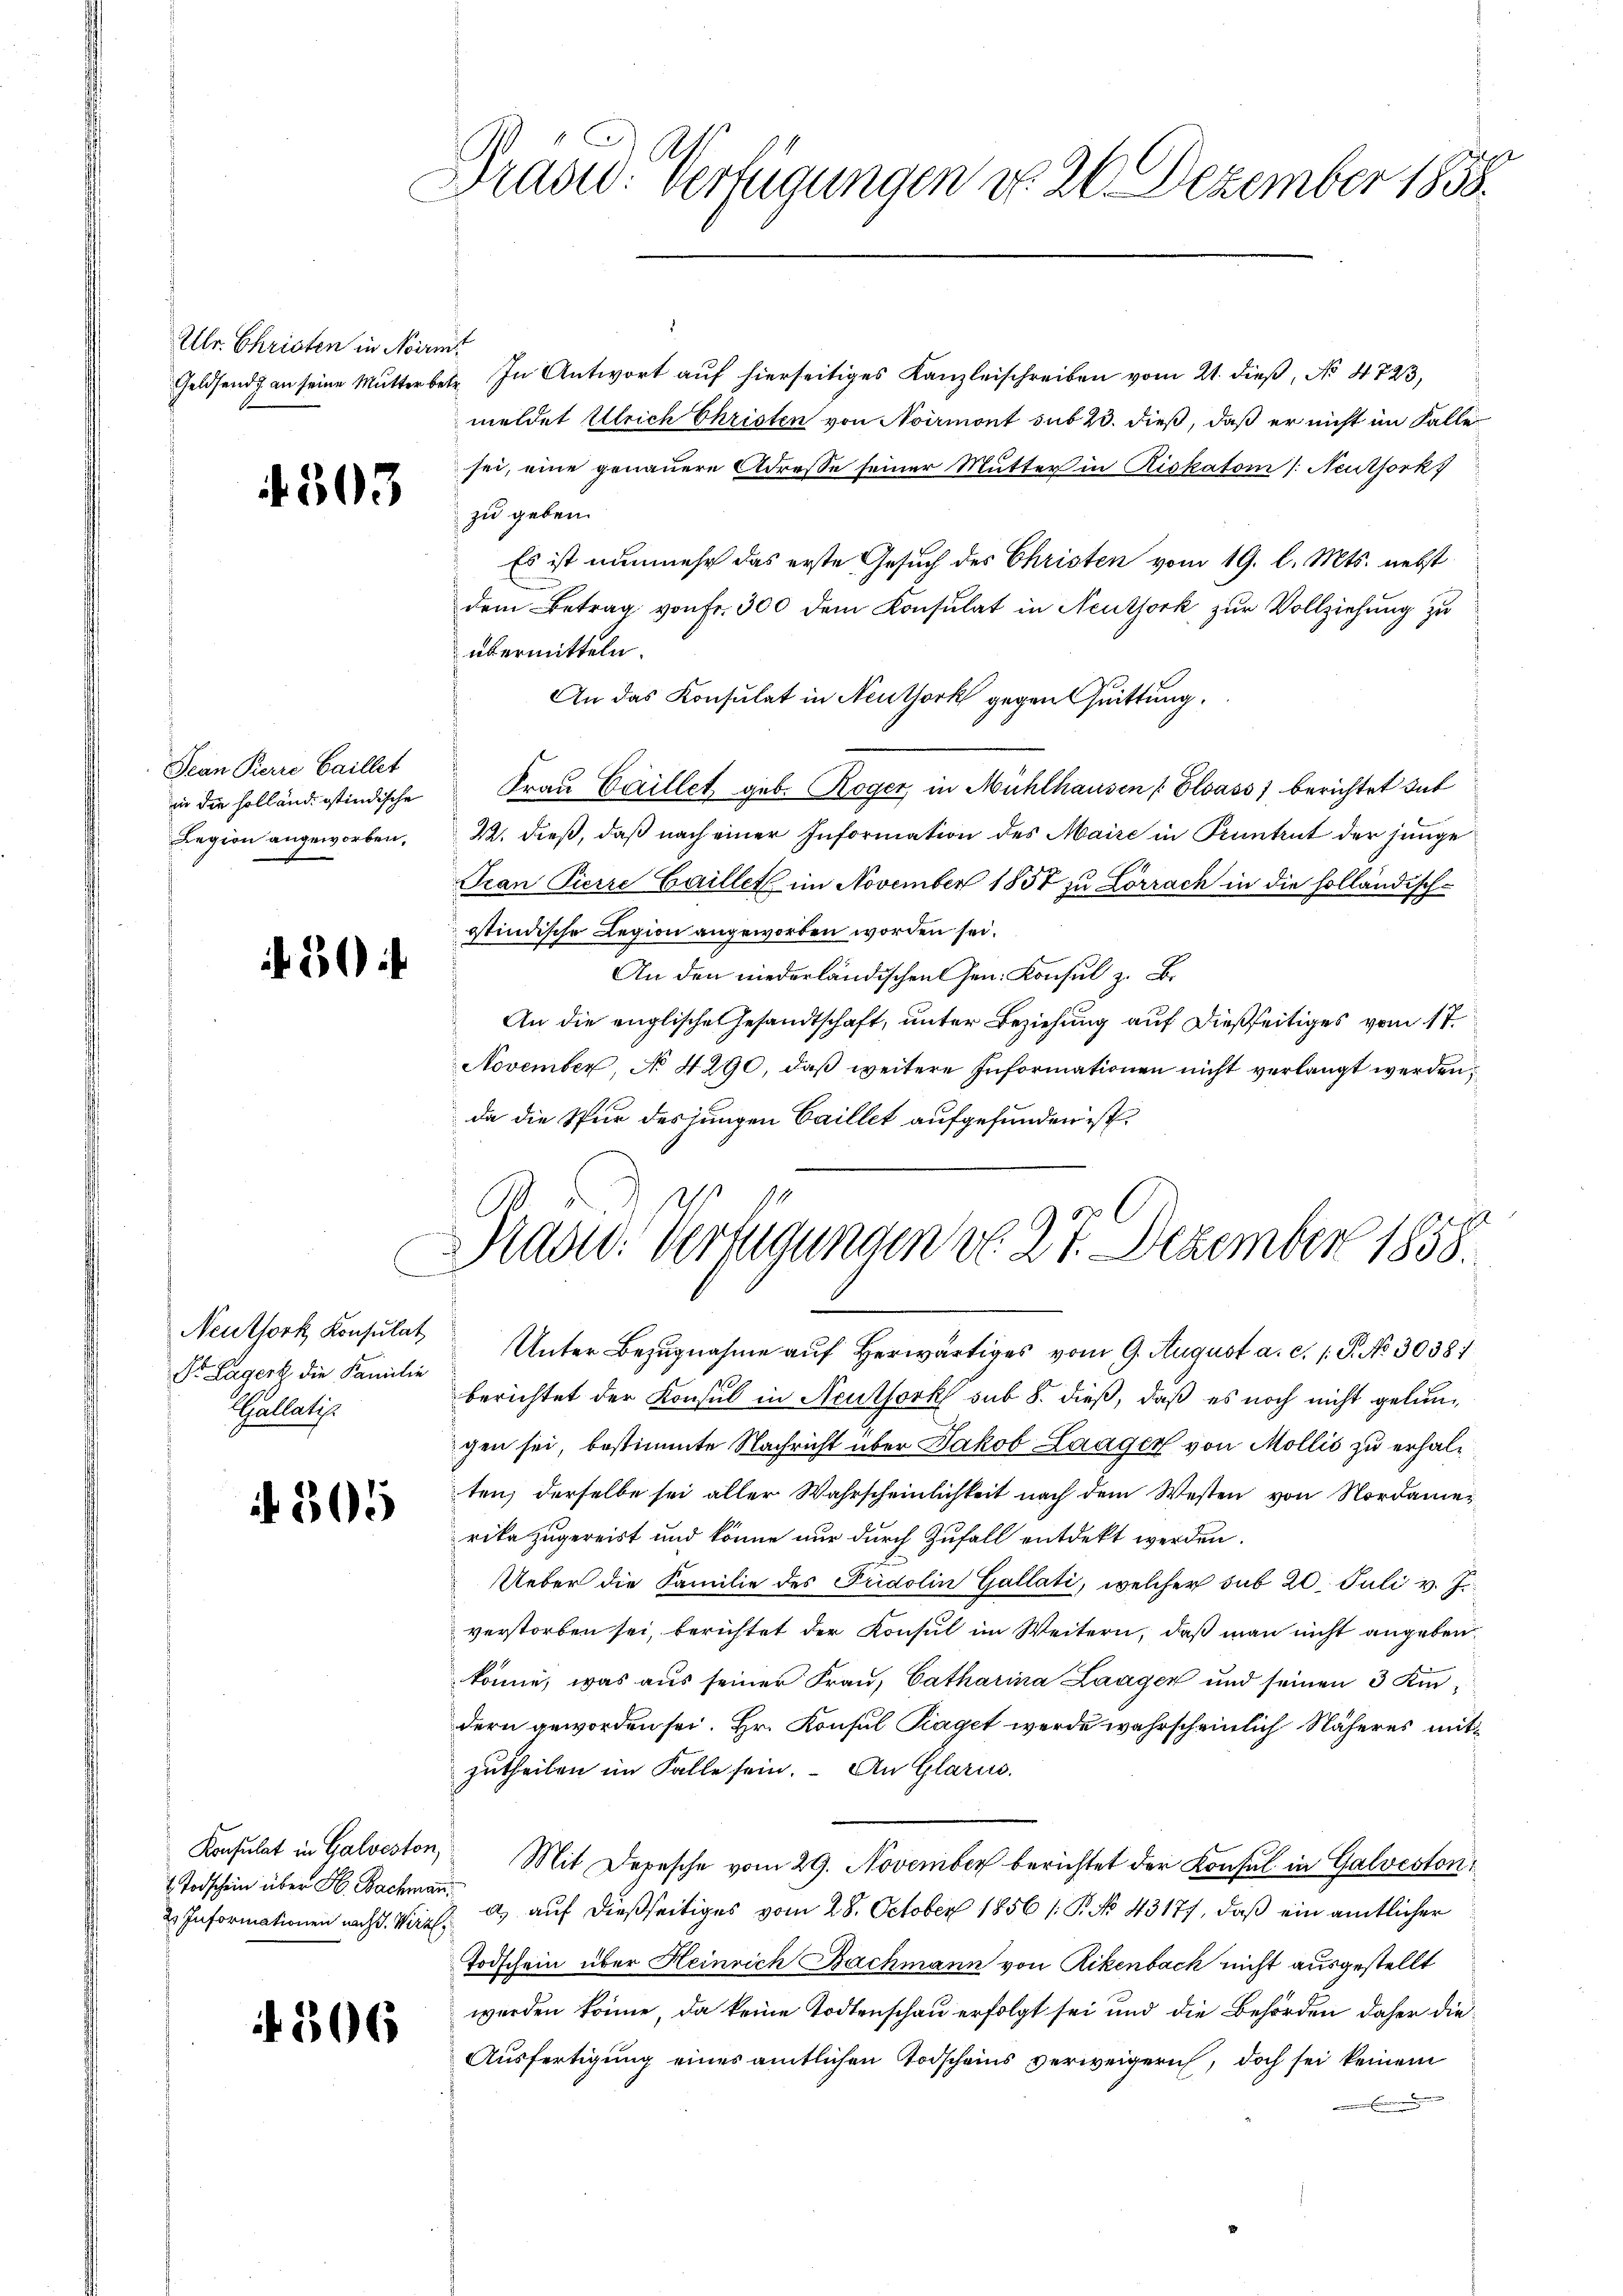
Ulr. Christen in Noir
Geldsend an seine Mutter be¬

f. 503.

Jean Pierre Gaillet
in die Holländistindische
Legion angeworben,

30

Neuthork Konsulat
Dr. Lagert die Familie
Callatis

305

Konsulat in Galveston,
 Todschein über H. Bachmann
2 Informationen nach d. Wirz,

4306

Dradd. Verfügungen d. 26. Dezember 1858.

Mad: Verfügungen do. 27. Dezember 1858.

In Antwort auf hierseitiges Kanzleischreiben vom 21. dieß, No 4723,
meldet Ullrich Christen von Noirmont sub 23. dieß, daß er nicht im Falle
sei, eine genauere Adresse seiner Mutter in Riskatom /: Neuthork
zu geben.
Es ist nunmehr das erste Gesuch des Christen vom 19. l. Mts. nebst
dem Betrag von Fr. 300 dem Konsulat in Neuthork zur Vollziehung zu
übermitteln.
An das Konsulat in Neuthork gegen Quittung,
Frau Caillet geb. Roger in Mühlhausen [Elsass, berichtet dat
2. dieß, daß nach einer Information des Maire in Kuntrut der junge
Tean Pierre Gaillet im November 1858 zu Lörrach in die holländisch-
istindische Region angeworben worden sei.
An den niederländischen Gen. Konsul z. B.
An die englische Gesandtschaft, unter Beziehung auf dießseitiges vom 17.
November, No 4290, daß weitere Informationen nicht verlangt werden;
da die Spur des jungen Gaillet aufgefunden ist,
Unter Bezugnahme auf herwärtiges vom 9. August a. c. 1 P. No 30381
berichtet der Konsul in Neuthork sub 8. dieß, daß es noch nicht gelungen sei, bestimmte Nachricht über Jakob Laager von Mollis zu erhalten, derselbe sei aller Wahrscheinlichkeit nach dem Westen von Nordamerika zugereist und könne nur durch Zufall entdekt werden.
Ueber die Familie des Pridolin Gallati, welcher sub 20. Juli v. J.
verstorben sei, berichtet der Konsul im Weitern, daß man nicht angeben,
könne, was aus seiner Frau, Catharina Laagen und seinen 3 Kindern geworden sei. Hr. Konsul Piaget werde wahrscheinlich Näheres mitzutheilen im Falle sein. An Glarus.
Mit Depesche vom 29. November berichtet der Konsul in Galveston
d) auf dießseitiges vom 28. October 1856 /: P. No 43177, daß ein amtlicher
Todschein über Heinrich Bachmann von Rikenbach nicht ausgestellt
werden könne, da keine Todtenschau erfolgt sei und die Behörden daher die
Ausfertigung eines amtlichen Todscheins verweigern, doch sei keinem
 Ernennen